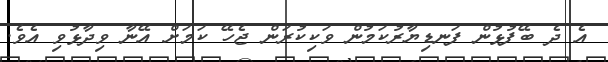
އެ ދެ ބޭފުޅުން ފަނޑިޔާރުކަމުން ވަކިކުރަން ޖެހޭ ކަމަށް އޭނާ ވިދާޅުވި އެވެ.